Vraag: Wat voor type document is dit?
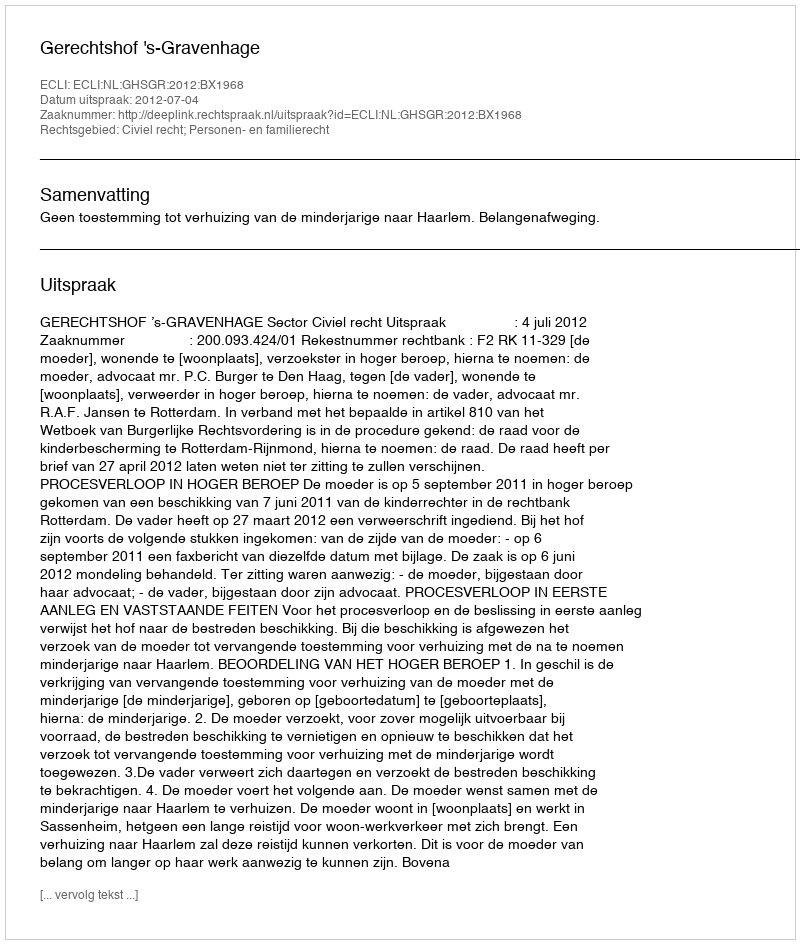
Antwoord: Uitspraak